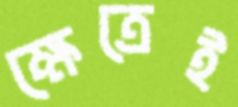
ক্ষেত্রেই